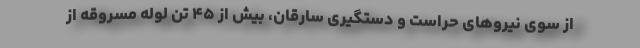
از سوی نیروهای حراست و دستگیری سارقان، بیش از ۴۵ تن لوله مسروقه از